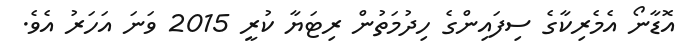
އޮޑާނޯ އެމެރިކާގެ ސިފައިންގެ ހިދުމަތުން ރިޓަޔާ ކުރީ 2015 ވަނަ އަހަރު އެވެ.